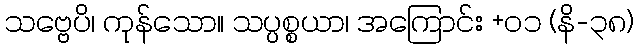
သဗ္ဗေပိ၊ ကုန်သော။ သပ္ပစ္စယာ၊ အကြောင်း +၀၁ (နိ-၃၈)